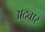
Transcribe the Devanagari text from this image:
अदवार